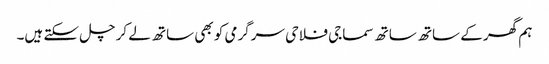
ہم گھر کے ساتھ ساتھ سماجی فلاحی سرگرمی کو بھی ساتھ لے کر چل سکتے ہیں۔